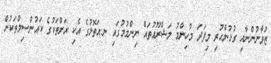
ޒުވާނުންނާއި ގުޅުންހުރި މިފަދަ މުހިންމު މަޝްރޫޢުތައް ނިންމުމުގައި ނ.އަތޮޅުގެ އެކި ރަށްތަކުގެ ކައުންސިލްތަކުން